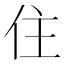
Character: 住